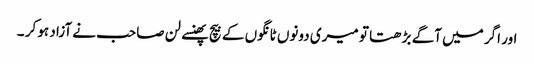
اور اگر میں آگے بڑھتا تو میری دونوں ٹانگوں کے بیچ پھنسے لن صاحب نے آزاد ہو کر ۔